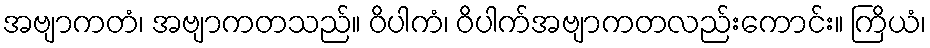
အဗျာကတံ၊ အဗျာကတသည်။ ဝိပါကံ၊ ဝိပါက်အဗျာကတလည်းကောင်း။ ကြိယံ၊